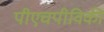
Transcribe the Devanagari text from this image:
पीएचपीविकी